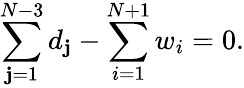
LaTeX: \sum_{\mathbf{j}=1}^{N-3}d_{\mathbf{j}}-\sum_{i=1}^{N+1}w_{i}=0.